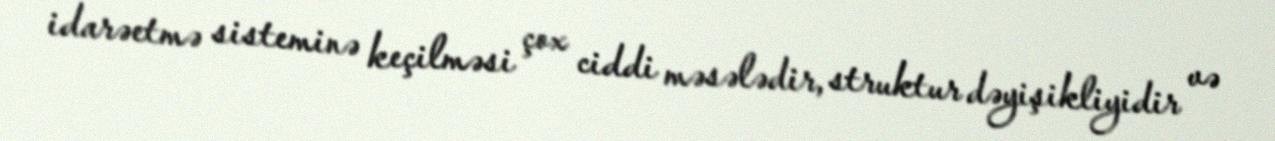
idarəetmə sisteminə keçilməsi çox ciddi məsələdir, struktur dəyişikliyidir və